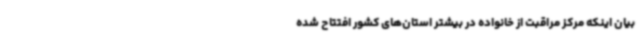
بیان اینکه مرکز مراقبت از خانواده در بیشتر استان‌های کشور افتتاح شده